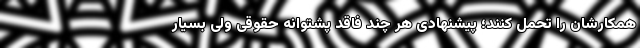
همکارشان را تحمل کنند؛ پیشنهادی هر چند فاقد پشتوانه حقوقی ولی بسیار